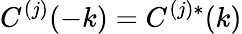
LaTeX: C^{(j)}(-k)=C^{(j)*}(k)